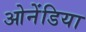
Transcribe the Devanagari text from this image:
ओनेंडिया